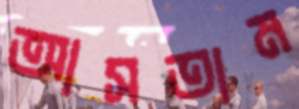
আসতাম